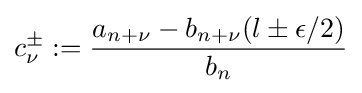
c_{\nu }^{\pm }:={\frac {a_{n+\nu }-b_{n+\nu }(l\pm \epsilon /2)}{b_{n}}}